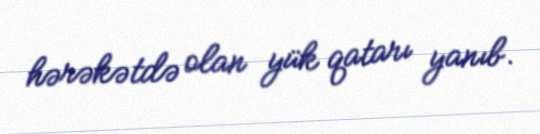
hərəkətdə olan yük qatarı yanıb.